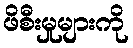
ဖိစီးမှုများကို